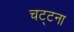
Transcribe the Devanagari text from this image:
चट्टना